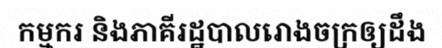
កម្មករ និងភាគីរដ្ឋបាលរោងចក្រឲ្យដឹង